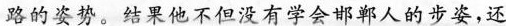
路的姿势。结果他不但没有学会邯郸人的步姿，还